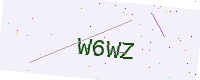
Text: W6WZ